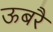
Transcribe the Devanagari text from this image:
ऊबरै